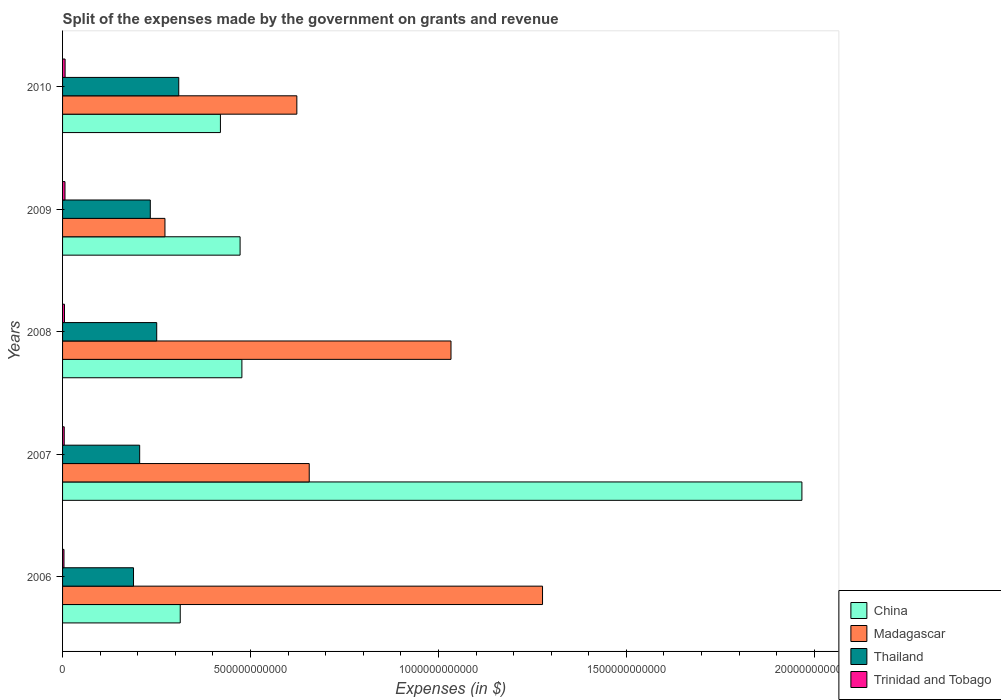
| Years | China | Madagascar | Thailand | Trinidad and Tobago |
 | --- | --- | --- | --- | --- |
 | 2006 | 3.13e+11 | 1.28e+12 | 1.89e+11 | 3.79e+09 |
 | 2007 | 1.97e+12 | 6.56e+11 | 2.05e+11 | 4.42e+09 |
 | 2008 | 4.77e+11 | 1.03e+12 | 2.50e+11 | 5.11e+09 |
 | 2009 | 4.72e+11 | 2.72e+11 | 2.33e+11 | 6.45e+09 |
 | 2010 | 4.2e+11 | 6.23e+11 | 3.09e+11 | 6.74e+09 |